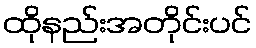
ထိုနည်းအတိုင်းပင်